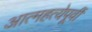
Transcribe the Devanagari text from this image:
आत्महत्येपूर्वी